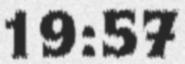
19:57